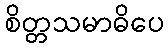
စိတ္တသမာဓိပေ